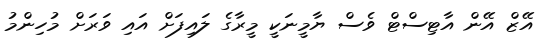
އޭޒް އޭން އާޓިސްޓް ވެސް ޔާމީނަކީ މީރާގެ ލައިފަށް އައި ވަރަށް މުހިންމު